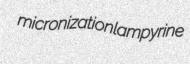
micronization lampyrine